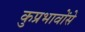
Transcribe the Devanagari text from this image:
कुप्रभावोंसे